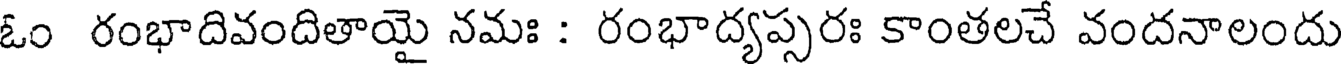
ఓం రంభాదివందితాయై నమః : రంభాద్యప్సరః కాంతలచే వందనాలందు